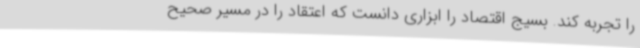
را تجربه کند. بسیج اقتصاد را ابزاری دانست که اعتقاد را در مسیر صحیح